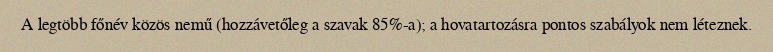
A legtöbb főnév közös nemű (hozzávetőleg a szavak 85%-a); a hovatartozásra pontos szabályok nem léteznek.